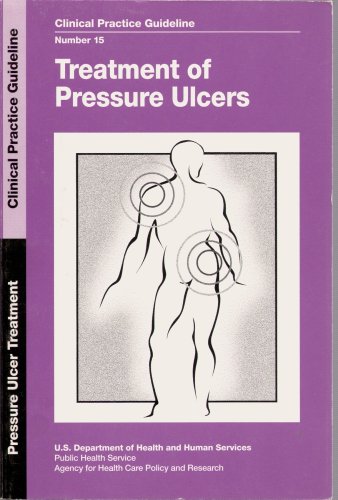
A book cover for TREATMENT OF PRESSURE ULCERS - CLINICAL PRACTICE GUIDELINE NUMBER 15 [Paperback]; U.S. Dept of Health and Human Services; Health, Fitness & Dieting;